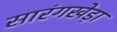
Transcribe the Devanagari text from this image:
सारंगखेड़ा